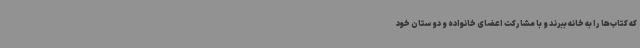
که کتاب‌ها را به خانه ببرند و با مشارکت اعضای خانواده و دوستان خود